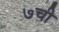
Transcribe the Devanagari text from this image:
७ची